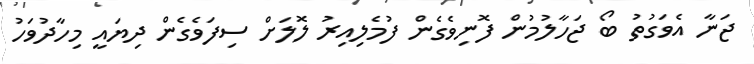
ޖަނާ އެވަގުތު ބޯ ޖަހާލުމުން ފޮނިވެގެން ފުމެލިއިރު ލޮލަށް ސިފަވެގެން ދިޔައީ މިހާދުވަހު